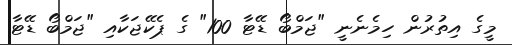
މީގެ އިތުރުން ހިމެނެނީ "ޖަމްބޯ ޑޭޓާ 100" ގެ ޕެކޭޖަކާއި "ޖަމްބޯ ޑޭޓާ